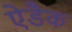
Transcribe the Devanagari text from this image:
ऐडैक